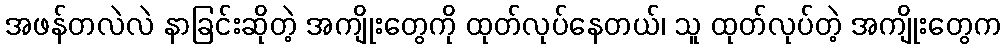
အဖန်တလဲလဲ နာခြင်းဆိုတဲ့ အကျိုးတွေကို ထုတ်လုပ်နေတယ်၊ သူ ထုတ်လုပ်တဲ့ အကျိုးတွေက